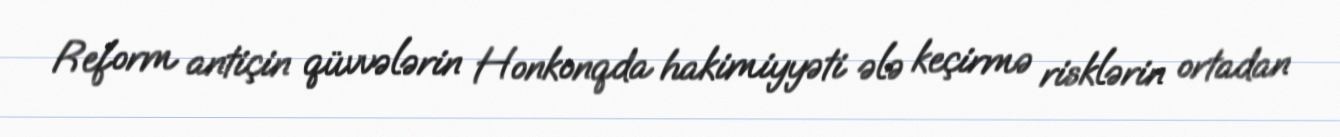
Reform antiçin qüvvələrin Honkonqda hakimiyyəti ələ keçirmə risklərin ortadan